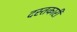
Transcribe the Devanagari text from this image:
दस्‍तकारी